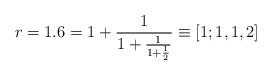
LaTeX: \begin{align*}r = 1.6 = 1 + \frac{1}{1 + \frac{1}{1 + \frac{1}{2}}} \equiv [1; 1, 1, 2]\end{align*}